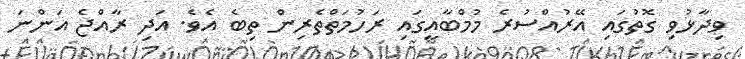
ވިދާޅުވި ގޮތުގައި އޭރުއްސުރެ މުމްބާއީގައި ރަހުމަތްތެރިން ތިބެ އެވެ. އަދި ރާއްޖެ އަންނަ